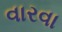
વારવા